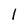
Character: 1